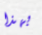
بهذا